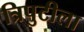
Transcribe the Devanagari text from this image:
त्रिपुटीला